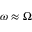
\omega \approx \Omega